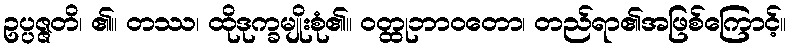
ဥပ္ပဇ္ဇတိ၊ ၏။ တဿ၊ ထိုဒုက္ခမျိုးစုံ၏။ ဝတ္ထုဘာဝတော၊ တည်ရာ၏အဖြစ်ကြောင့်။